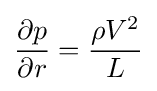
{\frac {\partial p}{\partial r}}={\frac {\rho V^{2}}{L}}